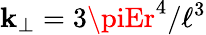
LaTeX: \mathbf{k}_{\perp}=3\piEr^{4}/\ell^{3}